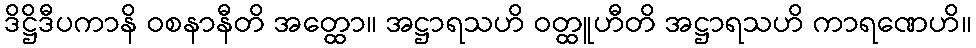
ဒိဋ္ဌိဒီပကာနိ ဝစနာနီတိ အတ္ထော။ အဋ္ဌာရသဟိ ဝတ္ထူဟီတိ အဋ္ဌာရသဟိ ကာရဏေဟိ။